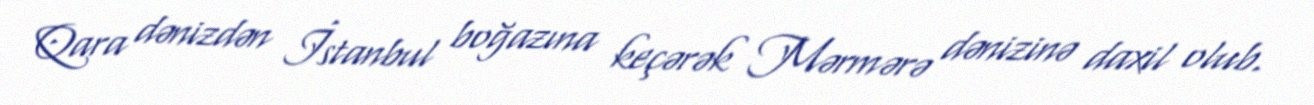
Qara dənizdən İstanbul boğazına keçərək Mərmərə dənizinə daxil olub.